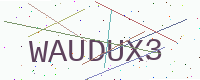
Text: WAUDUX3